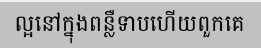
ល្អនៅក្នុងពន្លឺទាបហើយពួកគេ